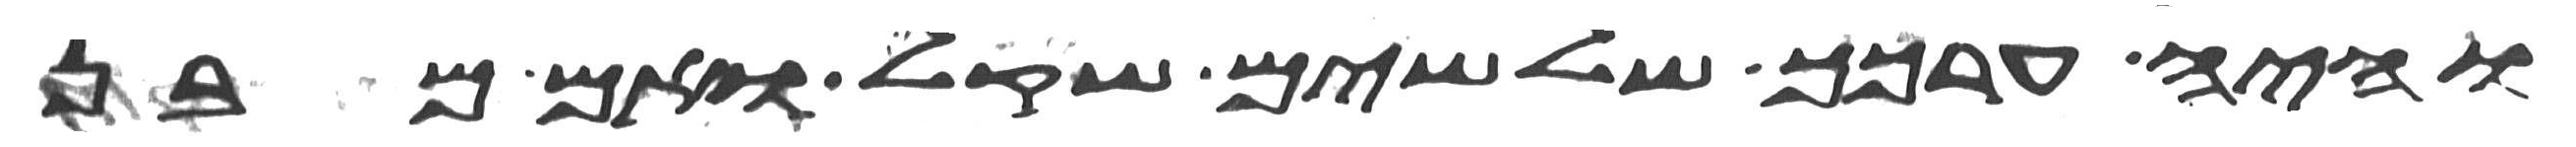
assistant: והיה ערכך שלשים שקל ואם מבן